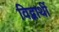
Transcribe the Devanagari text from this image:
विद्वार्थी